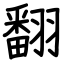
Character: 翻